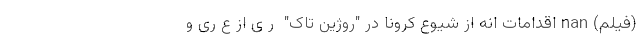
(فیلم) nan اقدامات انه از شیوع کرونا در "روژین تاک"  ر ی از ع ری و